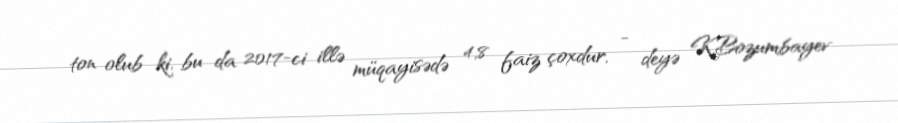
ton olub ki, bu da 2017-ci illə müqayisədə 4,8 faiz çoxdur, - deyə K.Bozumbayev